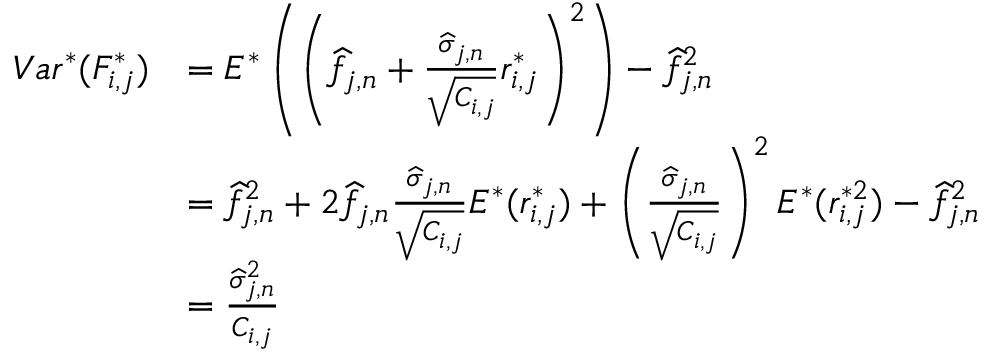
\begin{array} { r l } { V a r ^ { * } ( F _ { i , j } ^ { * } ) } & { = E ^ { * } \left( \left( \widehat f _ { j , n } + \frac { \widehat \sigma _ { j , n } } { \sqrt { C _ { i , j } } } r _ { i , j } ^ { * } \right) ^ { 2 } \right) - \widehat f _ { j , n } ^ { 2 } } \\ & { = \widehat f _ { j , n } ^ { 2 } + 2 \widehat f _ { j , n } \frac { \widehat \sigma _ { j , n } } { \sqrt { C _ { i , j } } } E ^ { * } ( r _ { i , j } ^ { * } ) + \left( \frac { \widehat \sigma _ { j , n } } { \sqrt { C _ { i , j } } } \right) ^ { 2 } E ^ { * } ( r _ { i , j } ^ { * 2 } ) - \widehat f _ { j , n } ^ { 2 } } \\ & { = \frac { \widehat \sigma _ { j , n } ^ { 2 } } { C _ { i , j } } } \end{array}